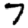
Digit: 7